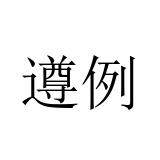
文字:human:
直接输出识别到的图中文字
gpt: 遵例